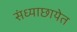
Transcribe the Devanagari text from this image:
संध्याछायेत